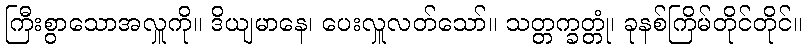
ကြီးစွာသောအလှူကို။ ဒိယျမာနေ၊ ပေးလှူလတ်သော်။ သတ္တက္ခတ္တုံ၊ ခုနစ်ကြိမ်တိုင်တိုင်။